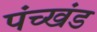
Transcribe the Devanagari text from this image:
पंच्खंड